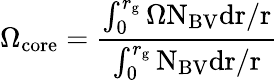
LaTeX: \Omega_{\mathrm{core}}=\frac{\int_{0}^{r_{\mathrm{g}}}{\Omega\mathrm{N_{\mathrm{BV}}dr/r}}}{\int_{0}^{r_{\mathrm{g}}}\mathrm{N_{\mathrm{BV}}dr/r}}